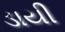
ડાયી